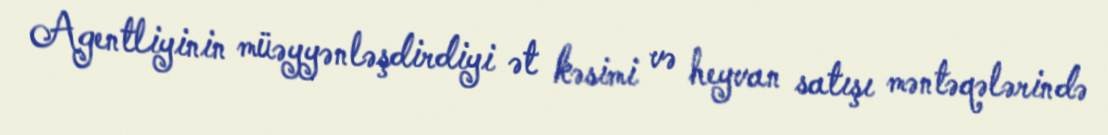
Agentliyinin müəyyənləşdirdiyi ət kəsimi və heyvan satışı məntəqələrində